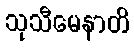
သုသီမေနာတိ